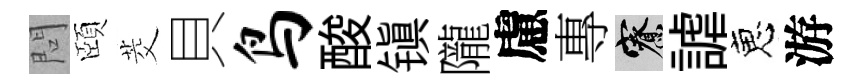
問頤茭貝鸟酸镇隴慮專寮謔恵游